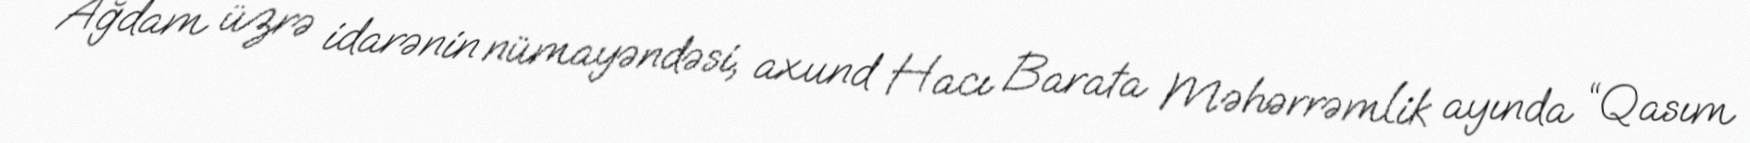
Ağdam üzrə idarənin nümayəndəsi, axund Hacı Barata Məhərrəmlik ayında “Qasım